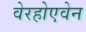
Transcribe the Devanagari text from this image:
वेरहोएवेन